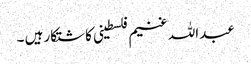
عبداللہ غنیم فلسطینی کاشتکار ہیں ۔